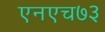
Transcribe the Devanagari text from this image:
एनएच७३